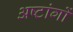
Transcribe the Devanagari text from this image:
अष्टांगों